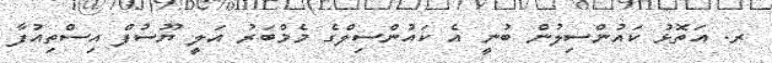
ރ. އަތޮޅު ކައުންސިލުން ބުނީ އެ ކައުންސިލްގެ މެމްބަރު އަލީ ޔޫސުފް އިސްތިއުފާ